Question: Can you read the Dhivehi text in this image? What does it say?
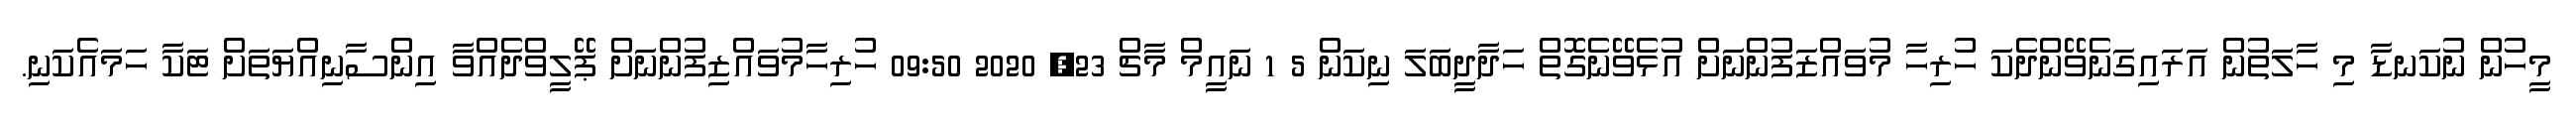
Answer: މީހުން ނުކަނޑާ މި ހާލަތުން އަރައިގަނެވޭންދެކަ ހުރިހާ މުވައްޒަފުންނަށް އުޅެވޭނެގޮތް ހަދާދީބަލަ ނިކަން 5 1 ނައީމް މާޗް 23, 2020 09:50 ހުރިހާމުވައްޒިފުންނަށް ޕޭލީވްދެއްވާ އިންސާނިއްޔަތަށް ޓަކާ ހަމައެކަނި.